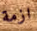
ازمة